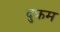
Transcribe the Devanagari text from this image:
दुक्रम